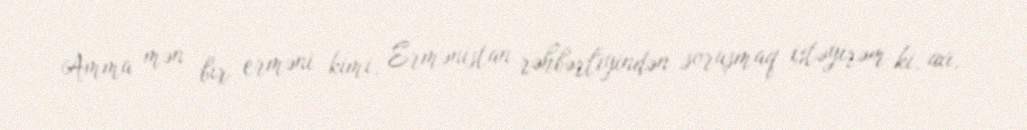
Amma mən bir erməni kimi, Ermənistan rəhbərliyindən soruşmaq istəyirəm ki, axı,